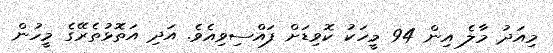
މިއަދު މާލެ އިން 94 މީހަކު ކޮވިޑަށް ފައްސިވިއެވެ. އަދި އަތޮޅުތެރޭގެ މީހުން